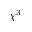
\chi ^ { 3 }